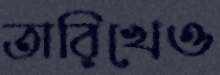
তারিখেও